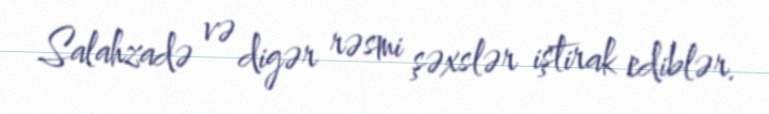
Salahzadə və digər rəsmi şəxslər iştirak ediblər.